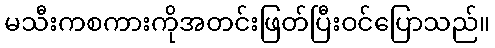
မသီးကစကားကိုအတင်းဖြတ်ပြီးဝင်ပြောသည်။